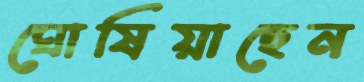
ঘোষিয়াছেন